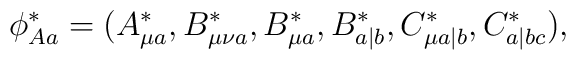
\phi_{Aa}^\ast=(A_{\mu a}^\ast,B_{\mu\nu a}^\ast,B_{\mu a}^\ast, B_{a|b}^\ast,C_{\mu a|b}^\ast,C_{a|bc}^\ast),